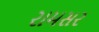
રામસર